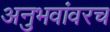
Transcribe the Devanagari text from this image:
अनुभवांवरच